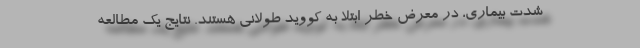
شدت بیماری، در معرض خطر ابتلا به کووید طولانی هستند. نتایج یک مطالعه